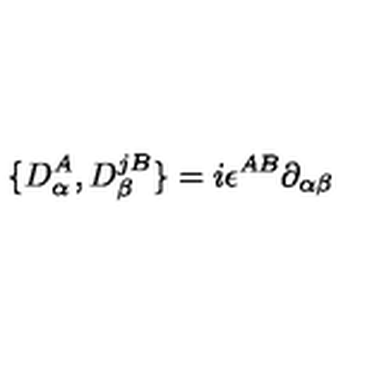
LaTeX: \{ D _ { \alpha } ^ { A } , D _ { \beta } ^ { j B } \} = i \epsilon ^ { A B } \partial _ { \alpha \beta }